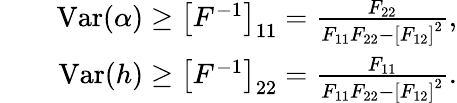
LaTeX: \begin{array}{rlr}&{}&{\mathrm{Var}(\alpha)\ge\left[F^{-1}\right]_{11}=\frac{F_{22}}{F_{11}F_{22}-\left[F_{12}\right]^{2}},}\\ &{}&{\mathrm{Var}(h)\ge\left[F^{-1}\right]_{22}=\frac{F_{11}}{F_{11}F_{22}-\left[F_{12}\right]^{2}}.}\end{array}